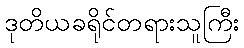
ဒုတိယခရိုင်တရားသူကြီး